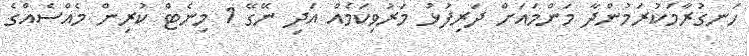
ހަނގުރާމަކުރަމުންދާ މަންމައަށް ދަރިފުޅު މަރުވިކަމެއް އަދި ނޭގޭ 1 މިނެޓް ކުރިން މެއްސެއްގެ